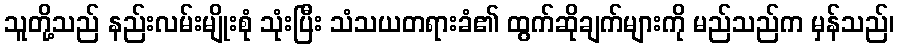
သူတို့သည် နည်းလမ်းမျိုးစုံ သုံးပြီး သံသယတရားခံ၏ ထွက်ဆိုချက်များကို မည်သည်က မှန်သည်၊